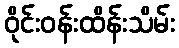
ဝိုင်းဝန်းထိန်းသိမ်း